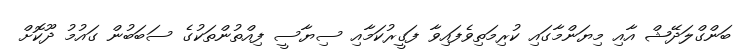
ބަންގްލަދޭޝް އާއި މިޔަންމާގައި ކުރިމަތިވެފައިވާ ފަގީރުކަމާއި ސިޔާސީ ފިއްތުންތަކުގެ ސަބަބުން ގައުމު ދޫކޮށް